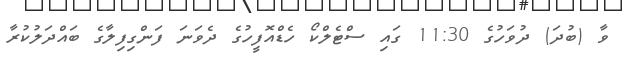
ވާ (ބުދަ) ދުވަހުގެ 11:30 ގައި ސްޓެލްކޯ ހެޑްއޮފީހުގެ ދެވަނަ ފަންގިފިލާގެ ބައްދަލުކުރާ